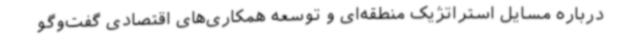
درباره مسایل استراتژیک منطقه‌ای و توسعه همکاری‌های اقتصادی گفت‌وگو